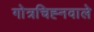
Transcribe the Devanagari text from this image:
गोत्रचिह्नवाले